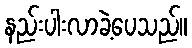
နည်းပါးလာခဲ့ပေသည်။